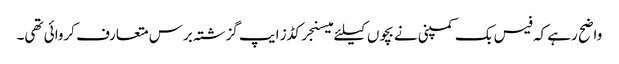
واضح رہے کہ فیس بک کمپنی نے بچوں کیلئے میسنجر کڈز ایپ گزشتہ برس متعارف کروائی تھی۔